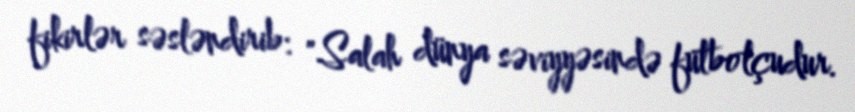
fikirlər səsləndirib: "Salah dünya səviyyəsində futbolçudur.